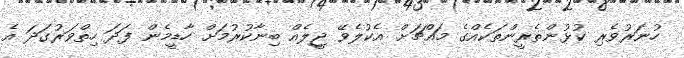
ހުނަރުވެރި ކުޅުންތެރީންތަކެއްގެ މައްޗަށް އެކުލެވޭ ޖީލެއް ބިނާކުރުމަށް ހާޑީމެން ފަދަ ހިތްވަރުގަދަ އެ